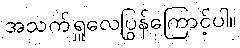
အသက်ရှူလေပြွန်ကြောင့်ပါ။